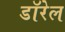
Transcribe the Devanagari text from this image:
डॉरेल